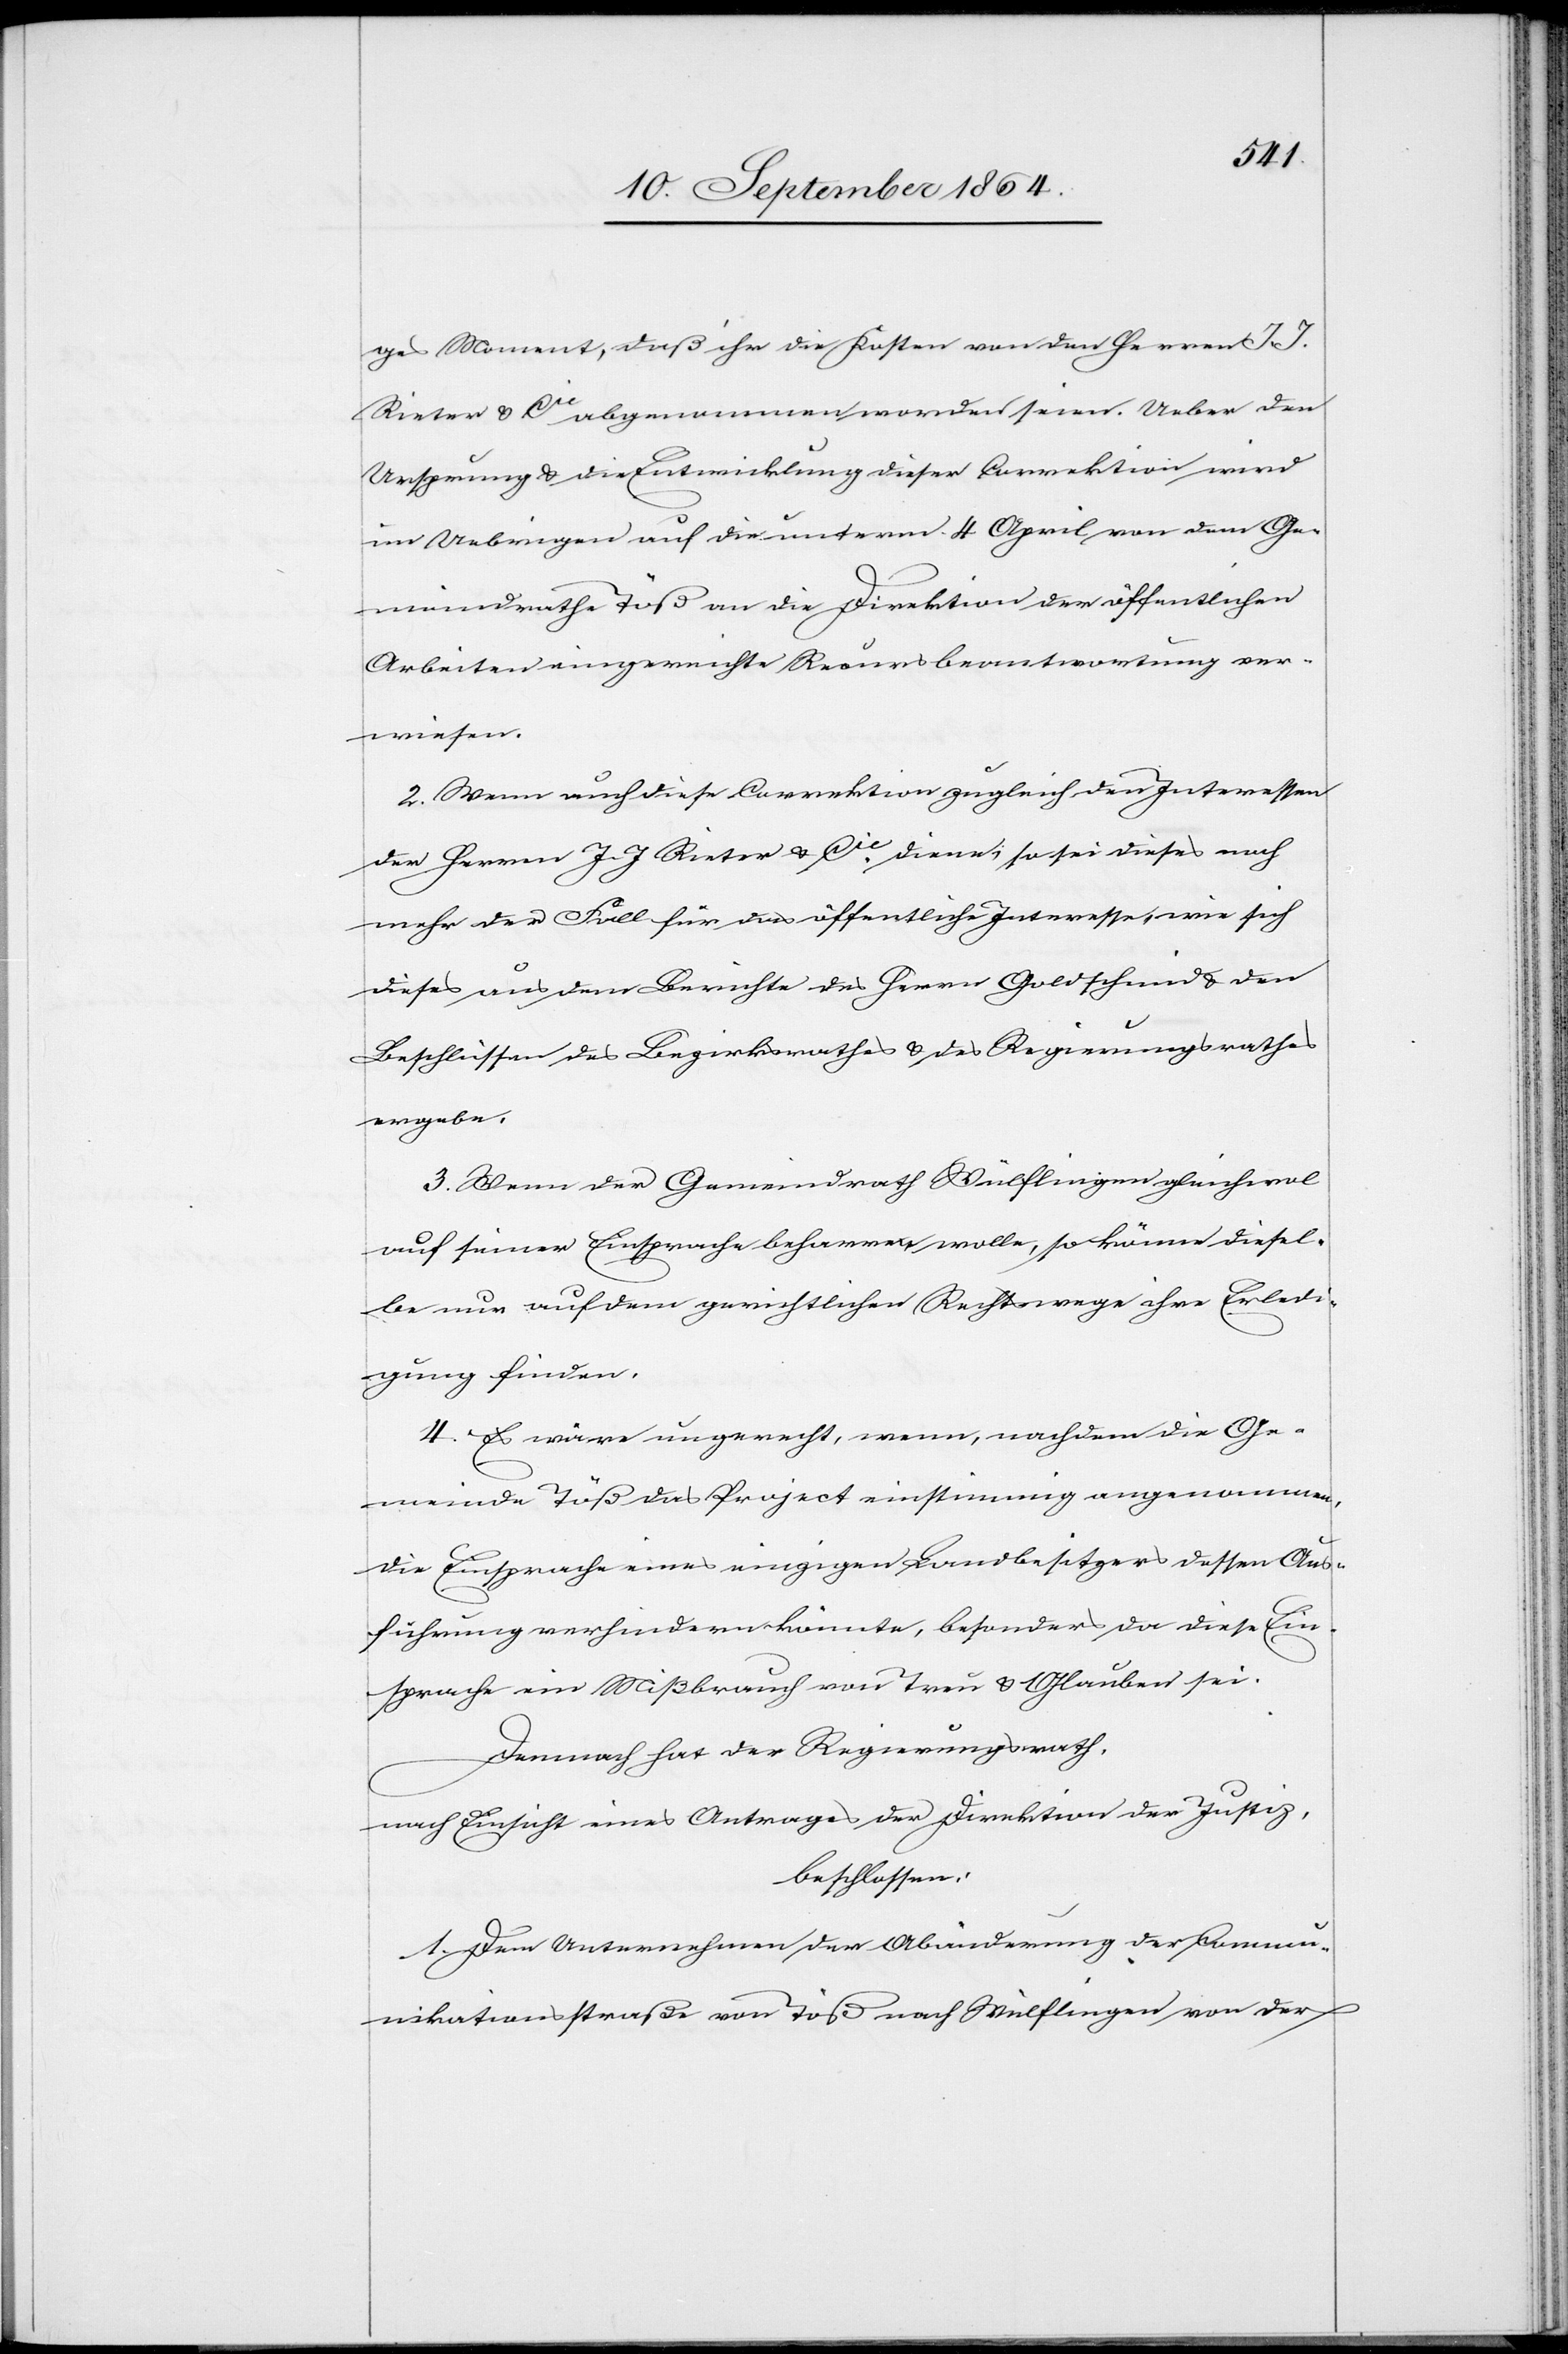
ges Moment, daß ihr die Kosten von den Herren J.
Rieter & Cie abgenommen worden seien. Ueber den
Ursprung & die Entwicklung dieser Correktion wird
im Uebrigen auf die unterm 4. April von dem Ge¬
meindrathe Töß an die Direktion der öffentlichen
Arbeiten eingereichte Recursbeantwortung ver¬
wiesen.
2. Wenn auch diese Correktion zugleich den Interessen
der Herren J. J. Rieter & Cie. diene, so sei dieses noch
mehr der Fall für das öffentliche Interesse, wie sich
dieses aus dem Berichte des Herrn Goldschmid & den
Beschlüssen des Bezirksrathes & des Regierungsrathes
ergebe.
3. Wenn der Gemeindrath Wülflingen gleichwol
auf seiner Einsprache beharren wolle, so könne diesel¬
be nur auf dem gerichtlichen Rechtswege ihre Erledi¬
gung finden.
4. Es wäre ungerecht, wenn, nachdem die Ge¬
meinde Töß das Project einstimmig angenommen,
die Einsprache eines einzigen Landbesitzers dessen Aus¬
führung verhindern könnte, besonders da diese Ein¬
sprache ein Mißbrauch von Treu & Glauben sei.
Demnach hat der Regierungsrath,
nach Einsicht eines Antrages der Direktion der Justiz
beschlossen:
1. Dem Unternehmen der Abänderung der Commu¬
nikationsstraße von Töß nach Wülflingen von der